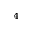
^ 4